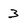
Character: 3